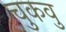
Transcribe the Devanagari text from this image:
चुकवु